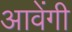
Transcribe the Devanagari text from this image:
आवेंगी